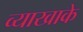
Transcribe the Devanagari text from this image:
व्याखाके